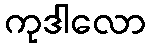
ကုဒါလော